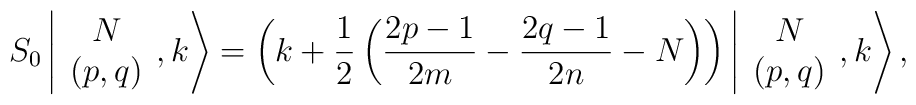
S_0\left\vert \begin{array}{c} N\\ (p,q) \end{array}, k \right>=\left(k+ \displaystyle\frac{1}{2}\left( \frac{2p-1}{2m}- \frac{2q-1}{2n} -N \right) \right)\left\vert \begin{array}{c} N\\ (p,q) \end{array}, k \right>,